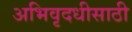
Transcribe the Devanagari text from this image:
अभिवृदधीसाठी